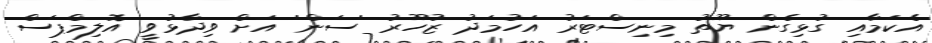
އެކަމާއި ގުޅިގެން ޔޫތު މިނިސްޓަރު އަހުމަދު ޒުހޫރު 'ސަން' އަށް ވިދާޅުވީ އޮލިމްޕަސް